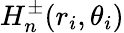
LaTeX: H_{n}^{\pm}(r_{i},\theta_{i})